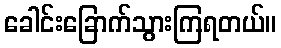
ခေါင်းခြောက်သွားကြရတယ်။